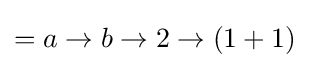
=a\to b\to 2\to (1+1)